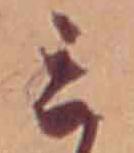
ミ